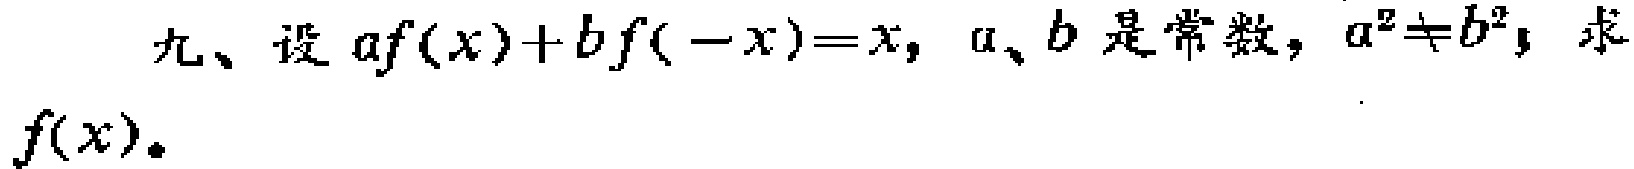
九、设\(af(x)+bf( - x)=x\)，\(a\)、\(b\)是常数，\(a^{2}\neq b^{2}\)，求\(f(x)\)。